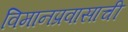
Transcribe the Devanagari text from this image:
विमानप्रवासाची